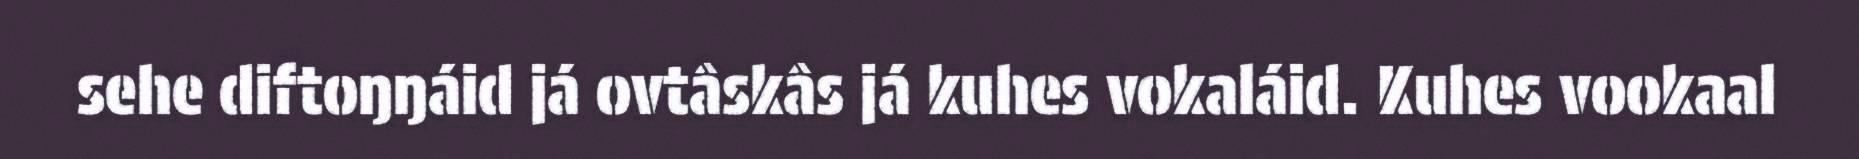
sehe diftoŋŋáid já ovtâskâs já kuhes vokaláid. Kuhes vookaal